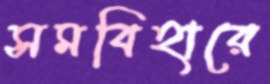
সমবিহারে